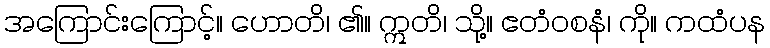
အကြောင်းကြောင့်။ ဟောတိ၊ ၏။ ဣတိ၊ သို့။ ဧတံဝစနံ၊ ကို။ ကထံပန